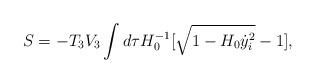
LaTeX: \begin{align*}S=-T_3V_3 \int d\tau H_0^{-1}[\sqrt{1-H_0\dot{y}_i^2}-1],\end{align*}